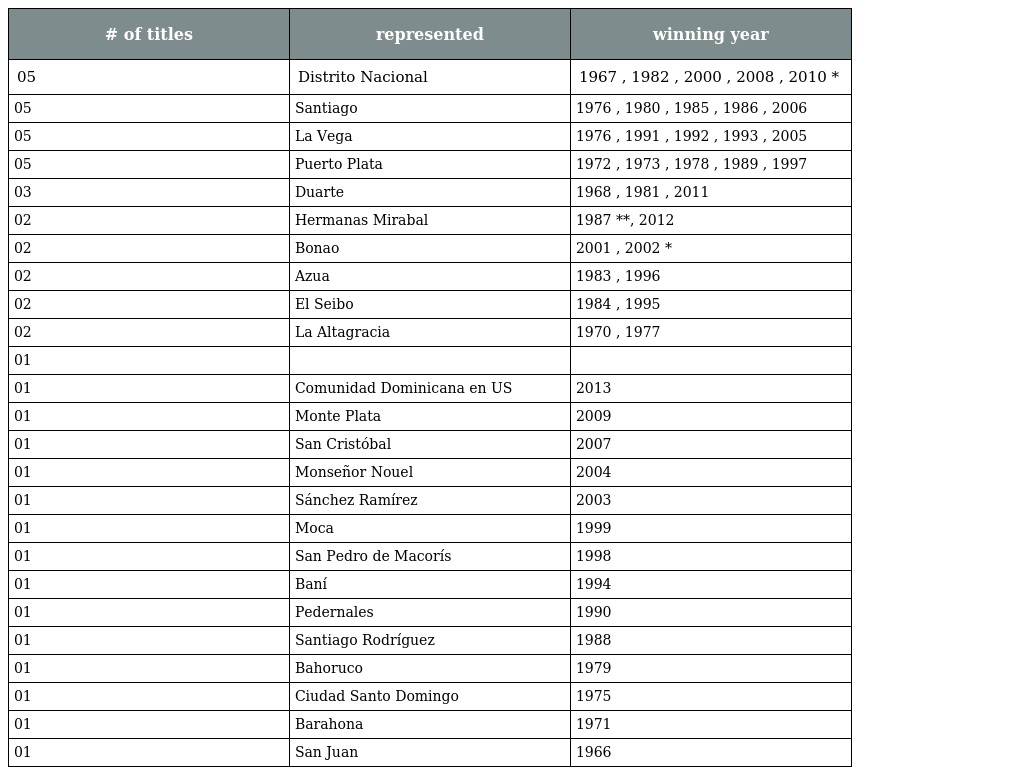
| # of titles | represented | winning year |
 | --- | --- | --- |
 | 05 | Distrito Nacional | 1967 , 1982 , 2000 , 2008 , 2010 * |
 | 05 | Santiago | 1976 , 1980 , 1985 , 1986 , 2006 |
 | 05 | La Vega | 1976 , 1991 , 1992 , 1993 , 2005 |
 | 05 | Puerto Plata | 1972 , 1973 , 1978 , 1989 , 1997 |
 | 03 | Duarte | 1968 , 1981 , 2011 |
 | 02 | Hermanas Mirabal | 1987 **, 2012 |
 | 02 | Bonao | 2001 , 2002 * |
 | 02 | Azua | 1983 , 1996 |
 | 02 | El Seibo | 1984 , 1995 |
 | 02 | La Altagracia | 1970 , 1977 |
 | 01 |  |  |
 | 01 | Comunidad Dominicana en US | 2013 |
 | 01 | Monte Plata | 2009 |
 | 01 | San Cristóbal | 2007 |
 | 01 | Monseñor Nouel | 2004 |
 | 01 | Sánchez Ramírez | 2003 |
 | 01 | Moca | 1999 |
 | 01 | San Pedro de Macorís | 1998 |
 | 01 | Baní | 1994 |
 | 01 | Pedernales | 1990 |
 | 01 | Santiago Rodríguez | 1988 |
 | 01 | Bahoruco | 1979 |
 | 01 | Ciudad Santo Domingo | 1975 |
 | 01 | Barahona | 1971 |
 | 01 | San Juan | 1966 |